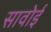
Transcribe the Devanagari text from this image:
सावोई